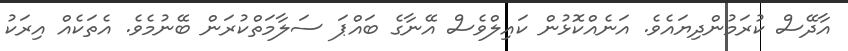
އާދޭސް ކުރަމުންދިޔައެވެ. އަނެއްކޮޅުން ކައިލްވެސް އޭނާގެ ބައްޕަ ސަލާމަތްކުރަން ބޭނުމެވެ. އެތަކެއް އިރަކު